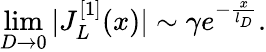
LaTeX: \operatorname*{lim}_{D\rightarrow 0}|J_{L}^{[1]}(x)|\sim\gamma e^{-\frac{x}{l_{D}}}.